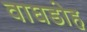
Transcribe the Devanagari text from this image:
वाघडोह